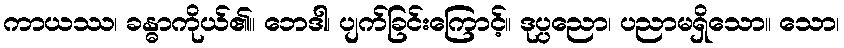
ကာယဿ၊ ခန္ဓာကိုယ်၏။ ဘေဒါ၊ ပျက်ခြင်းကြောင့်။ ဒုပ္ပညော၊ ပညာမရှိသော။ သော၊